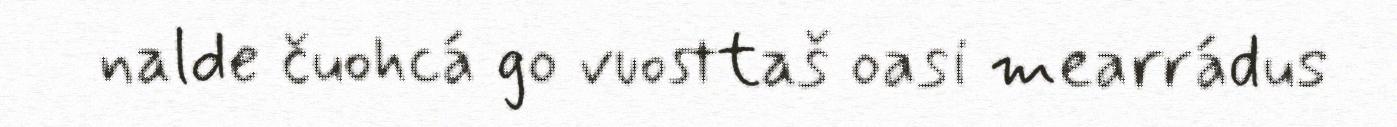
nalde čuohcá go vuosttaš oasi mearrádus